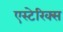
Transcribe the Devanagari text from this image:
एस्टेरिक्स